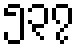
၅၃၇